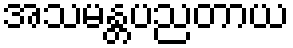
အသမန္တပညတာယ